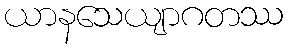
ယာနသေယျာဂတဿ